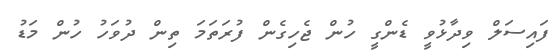
ފައިސަލް ވިދާޅުވީ ޑެންގީ ހުން ޖެހިގެން ފުރަތަމަ ތިން ދުވަހު ހުން މަޑު